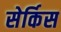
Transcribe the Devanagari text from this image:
सेर्किस